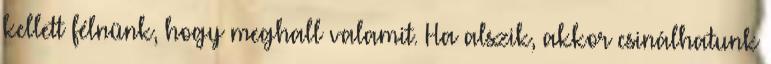
kellett félnünk, hogy meghall valamit. Ha alszik, akkor csinálhatunk